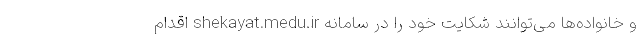
و خانواده‌ها می‌توانند شکایت خود را در سامانه shekayat.medu.ir اقدام